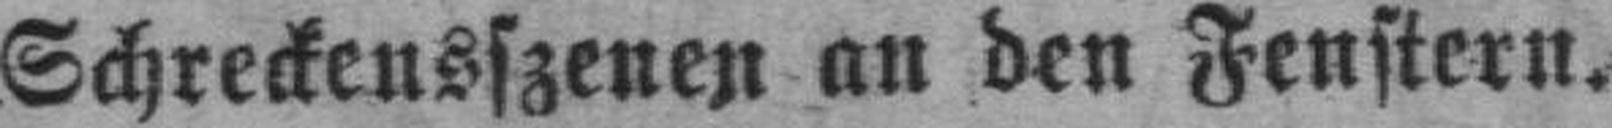
Schreckensszenen an den Fenstern.